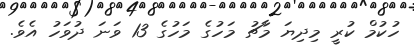
ހުކުމް ކުރީ މިދިޔަ މާޗު މަހުގެ މަހުގެ 13 ވަނަ ދުވަހު އެވެ.